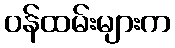
ဝန်ထမ်းများက